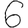
Digit: 6